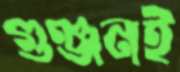
গুঞ্জনই